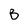
Character: B